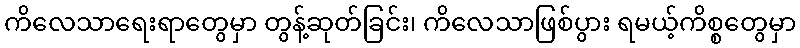
ကိလေသာရေးရာတွေမှာ တွန့်ဆုတ်ခြင်း၊ ကိလေသာဖြစ်ပွား ရမယ့်ကိစ္စတွေမှာ